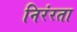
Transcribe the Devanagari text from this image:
निरंरता